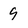
Character: 9